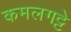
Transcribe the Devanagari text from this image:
कमलगट्टे